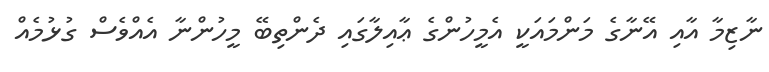
ނާޒިމާ އާއި އޭނާގެ މަންމައަކީ އެމީހުންގެ ޢާއިލާގައި ދެންތިބޭ މީހުންނާ އެއްވެސް ގުޅުމެއް